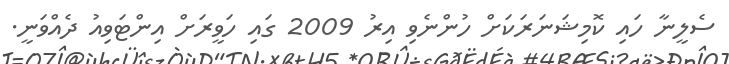
ސެލީނާ ހައި ކޮމިޝަނަރަކަށް ހުންނެވި އިރު 2009 ގައި ހަވީރަށް އިންޓަވިއު ދެއްވަނީ.